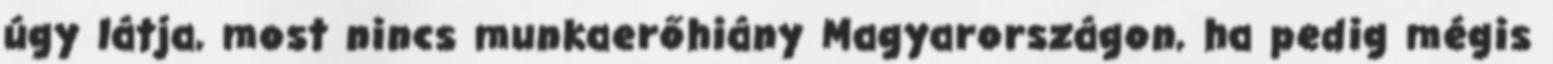
úgy látja, most nincs munkaerőhiány Magyarországon, ha pedig mégis